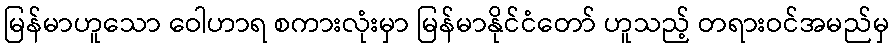
မြန်မာဟူသော ဝေါဟာရ စကားလုံးမှာ မြန်မာနိုင်ငံတော် ဟူသည့် တရားဝင်အမည်မှ